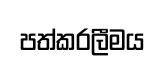
පත්කරලීමය